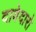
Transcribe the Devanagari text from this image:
दावेदारो